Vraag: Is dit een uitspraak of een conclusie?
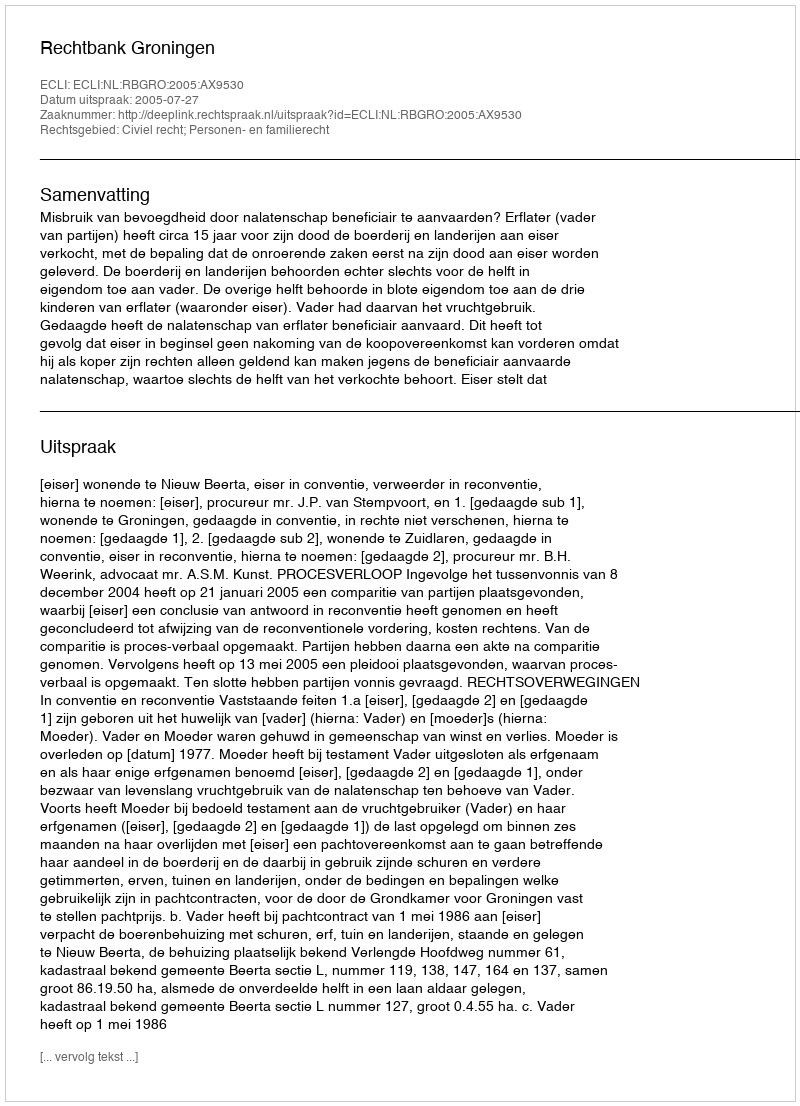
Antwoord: Uitspraak